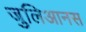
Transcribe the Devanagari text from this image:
जुलिआनस